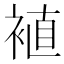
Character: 𫌁